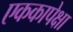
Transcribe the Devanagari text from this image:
एककापेक्षा